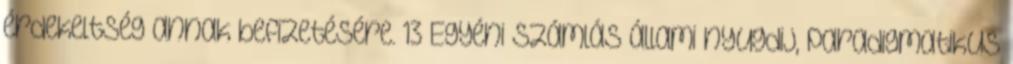
érdekeltség annak befizetésére. 13 Egyéni számlás állami nyugdij, paradigmatikus